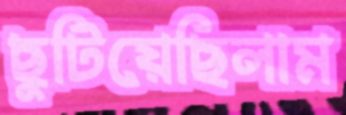
ছুটিয়েছিলাম